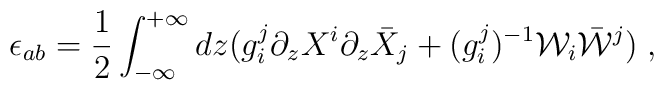
\epsilon_{ab} = \frac{1}{2} \int_{-\infty}^{+\infty} dz (g^j_i \partial_z X^i \partial_z \bar{X}_j + (g_i^j)^{-1} {\cal W}_i \bar{{\cal W}}^j) \;,